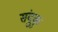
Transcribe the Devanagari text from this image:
संदुकु